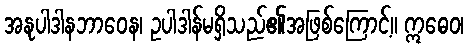
အနုပါဒါနဘာဝေန၊ ဥပါဒါန်မရှိသည်၏အဖြစ်ကြောင့်။ ဣဓေဝ၊